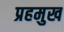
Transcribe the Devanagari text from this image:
प्रहमुख